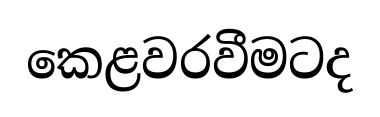
කෙළවරවීමටද